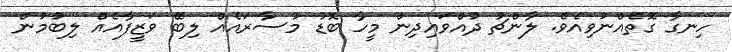
ހިނގާ ގޮތެއްނުވިއެވެ. ލާންޗު ދުއްވައިދިން މީހާ ބޮޑު މުސާރައެއް ލިބޭ ވަޒީފާއެއް ލިބުމުން